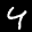
Label: 4